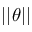
| | \theta | |